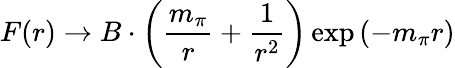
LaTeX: F(r)\rightarrow B\cdot\left(\frac{m_{\pi}}{r}+\frac{1}{r^{2}}\right)\exp\left(-m_{\pi}r\right)